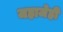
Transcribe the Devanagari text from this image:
जहाजेही